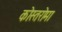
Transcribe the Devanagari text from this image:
कोस्तरोमा